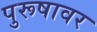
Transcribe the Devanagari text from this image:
पुरूषावर